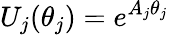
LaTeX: U_{j}(\theta_{j})=e^{A_{j}\theta_{j}}